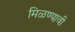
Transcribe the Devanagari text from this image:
मिळण्यावी